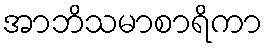
အာဘိသမာစာရိကာ